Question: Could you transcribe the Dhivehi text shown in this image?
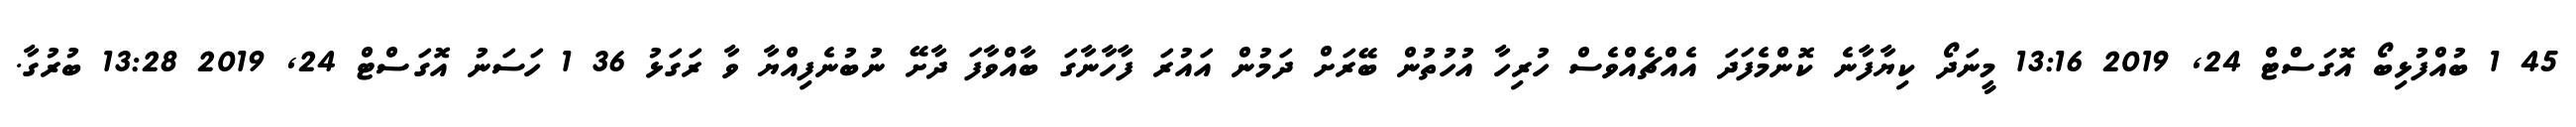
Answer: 45 1 ބުއްފުޅިބޯ އޮގަސްޓް 24, 2019 13:16 މީނަދޯ ކިޔާފާނެ ކޮންމެފަދަ އެއްޗެއްވެސް ހުރިހާ އުހުތުން ބޭރަށް ދަމުން އައުރަ ފާހާނާގަ ބާއްވާފަ ދާށޭ ނުބުނެފިއްޔާ ވާ ރަގަޅު 36 1 ހަސަނު އޮގަސްޓް 24, 2019 13:28 ބުރުގާ.